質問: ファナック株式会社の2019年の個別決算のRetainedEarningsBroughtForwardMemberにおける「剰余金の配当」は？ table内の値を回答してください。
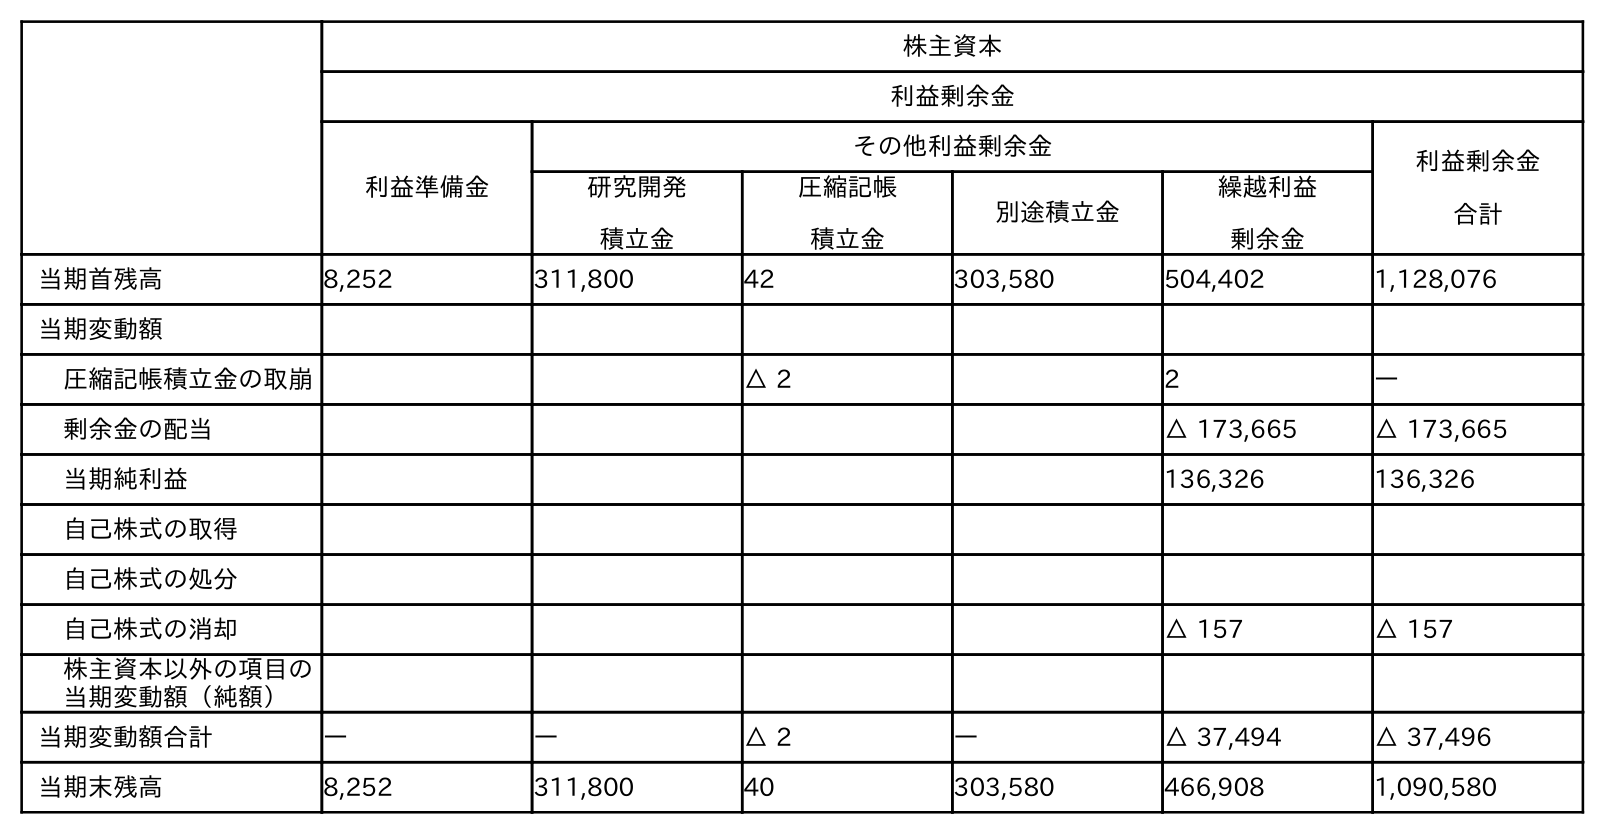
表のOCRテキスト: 株主資本 利益剰余金 利益準備金 その他利益剰余金 利益剰余金 合計 研究開発 積立金 圧縮記帳 積立金 別途積立金 繰越利益 剰余金 当期首残高 8,252 311,800 42 303,580 504,402 1,128,076 当期変動額 圧縮記帳積立金の取崩 △ 2 2 ― 剰余金の配当 △ 173,665 △ 173,665 当期純利益 136,326 136,326 自己株式の取得 自己株式の処分 自己株式の消却 △ 157 △ 157 株主資本以外の項目の 当期変動額（純額） 当期変動額合計 ― ― △ 2 ― △ 37,494 △ 37,496 当期末残高 8,252 311,800 40 303,580 466,908 1,090,580
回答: △173,665